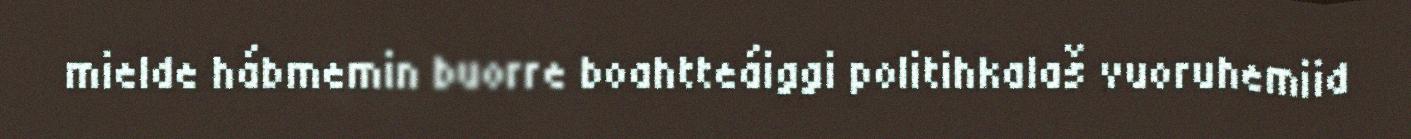
mielde hábmemin buorre boahtteáiggi politihkalaš vuoruhemiid